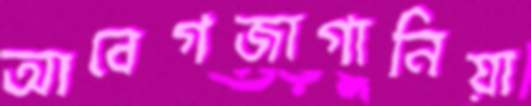
আবেগজাগানিয়া